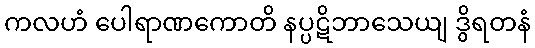
ကလဟံ ပေါရာဏကောတိ နပ္ပဋိဘာသေယျ ဒွိရတနံ